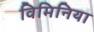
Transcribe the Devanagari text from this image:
विमिनिया